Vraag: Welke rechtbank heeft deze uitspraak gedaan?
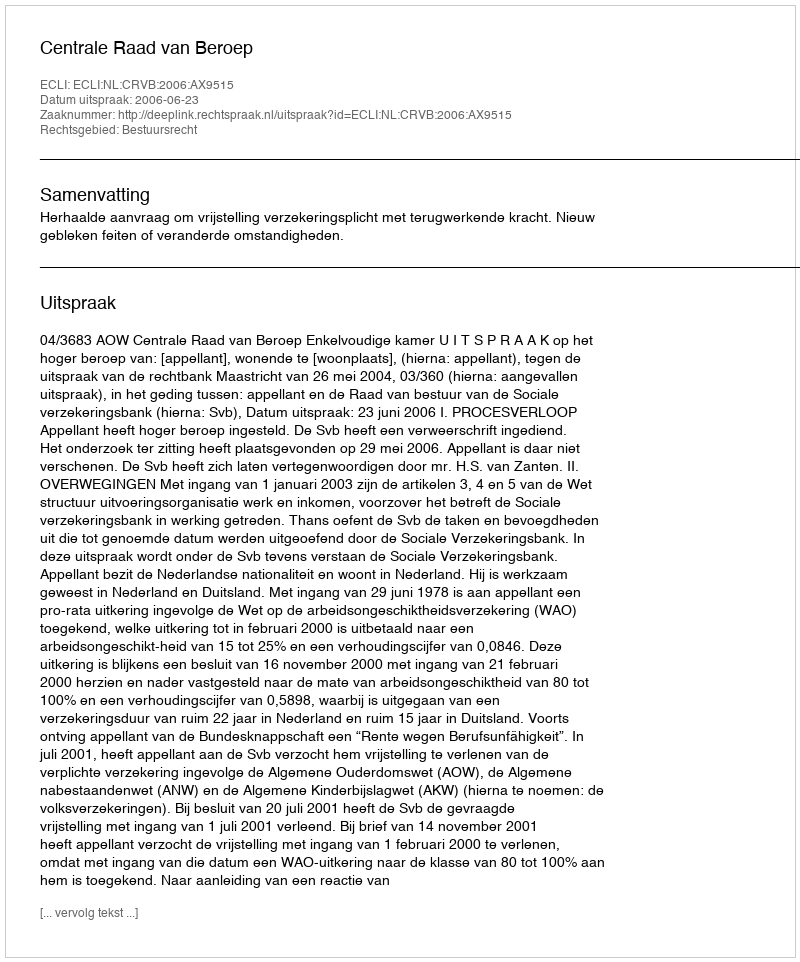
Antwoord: Centrale Raad van Beroep